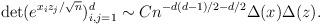
LaTeX: \begin{align*} \det(e^{x_i z_j/\sqrt{n}})_{i, j = 1}^d& \sim C n^{-d(d-1)/2-d/2} \Delta(x) \Delta(z).\end{align*}